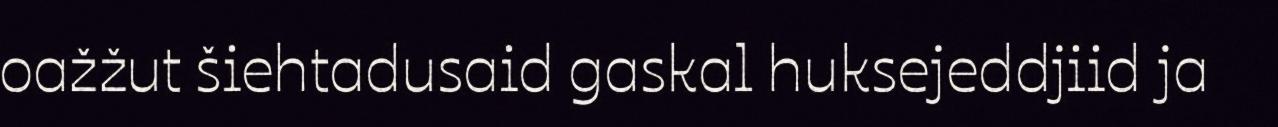
oažžut šiehtadusaid gaskal huksejeddjiid ja